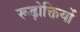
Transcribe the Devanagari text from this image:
रूढ़ोक्तियों